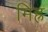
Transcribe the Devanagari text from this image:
मिह्र